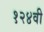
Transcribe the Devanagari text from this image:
१२४वी